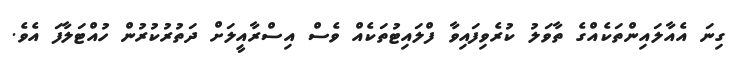
ގިނަ އެއާލައިންތަކެއްގެ ތާވަލު ކުރެވިފައިވާ ފްލައިޓުތަކެއް ވެސް އިސްރާއީލަށް ދަތުރުކުރުން ހުއްޓަލާފަ އެވެ.